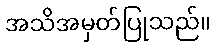
အသိအမှတ်ပြုသည်။